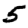
Digit: 5